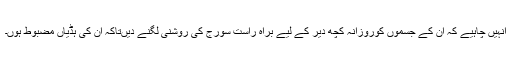
انہیں چاہیے کہ ان کے جسموں کوروزانہ کچھ دیر کے لیے براہ راست سورج کی روشنی لگنے دیںتاکہ ان کی ہڈیاں مضبوط ہوں۔